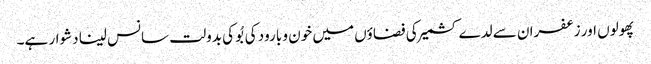
پھولوں اور زعفران سے لدے کشمیر کی فضاؤں میں خون و بارود کی بُو کی بدولت سانس لینا دشوار ہے۔